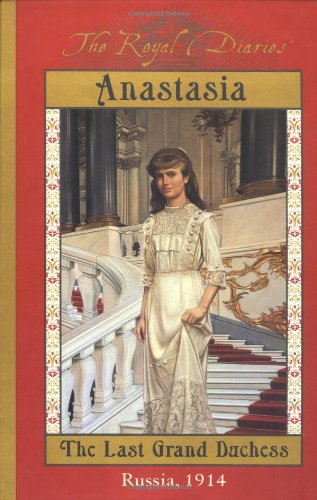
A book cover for The Royal Diaries: Anastasia: The Last Grand Duchess, Russia, 1914; Carolyn Meyer; Children's Books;